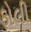
ફોલી